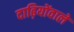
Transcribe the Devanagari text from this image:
दाढ़ियोंवाले